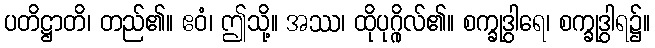
ပတိဋ္ဌာတိ၊ တည်၏။ ဧဝံ၊ ဤသို့။ အဿ၊ ထိုပုဂ္ဂိုလ်၏။ စက္ခုဒွါရေ၊ စက္ခုဒွါရ၌။